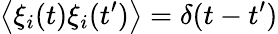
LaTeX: \left\langle\xi_{i}(t)\xi_{i}(t^{\prime})\right\rangle=\delta(t-t^{\prime})